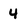
Character: 4